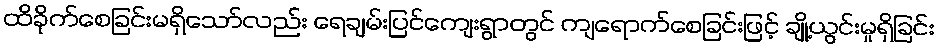
ထိခိုက်စေခြင်းမရှိသော်လည်း ရေချမ်းပြင်ကျေးရွာတွင် ကျရောက်စေခြင်းဖြင့် ချို့ယွင်းမှုရှိခြင်း